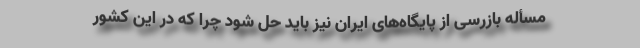
مسأله بازرسی از پایگاه‌های ایران نیز باید حل شود چرا که در این کشور